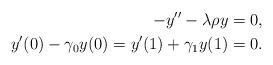
LaTeX: \begin{align*} -y''-\lambda\rho y=0,\\ y'(0)-\gamma_0 y(0)=y'(1)+\gamma_1 y(1)=0.\end{align*}